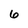
Character: 6